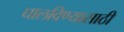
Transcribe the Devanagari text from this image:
घालविण्‍यासाठी